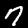
Label: 7